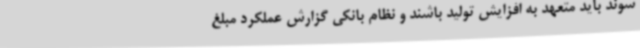
شوند باید متعهد به افزایش تولید باشند و نظام بانکی گزارش عملکرد مبلغ